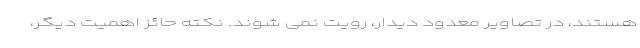
هستند، در تصاویر معدود دیدار، رویت نمی شوند. نکته حائز اهمیت دیگر،